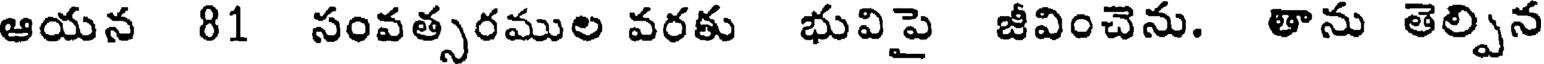
ఆయన 81 సంవత్సరముల వరకు భువిపై జీవించెను. తాను తెల్పిన